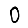
Digit: 0